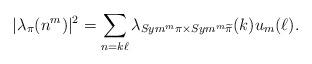
LaTeX: \begin{align*}|\lambda_\pi(n^m)|^2=\sum_{n=k\ell}\lambda_{Sym^m \pi \times Sym^m \widetilde\pi}(k)u_m(\ell).\end{align*}